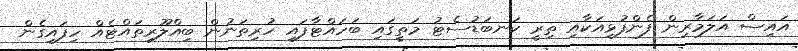
އައިސް އަލަމާރިން ފެންފުޅިއަކާއި ތިރީ ކަނބަޑުސެޓު މަތީގައި ބަހައްޓާފައި ހުރިތަނުން ބިއްލޫރިތައްޓެއް ހިފައިގެން